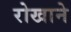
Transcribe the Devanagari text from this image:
रोखाने